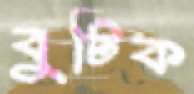
বুটিক